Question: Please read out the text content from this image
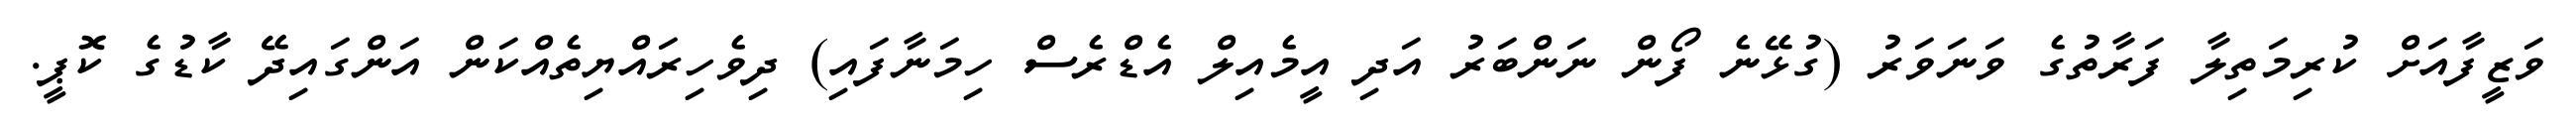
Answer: ވަޒީފާއަށް ކުރިމަތިލާ ފަރާތުގެ ވަނަވަރު (ގުޅޭނެ ފޯން ނަންބަރު އަދި އީމެއިލް އެޑްރެސް ހިމަނާފައި) ދިވެހިރައްޔިތެއްކަން އަންގައިދޭ ކާޑުގެ ކޮޕީ.